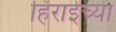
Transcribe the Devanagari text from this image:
हिराईच्या